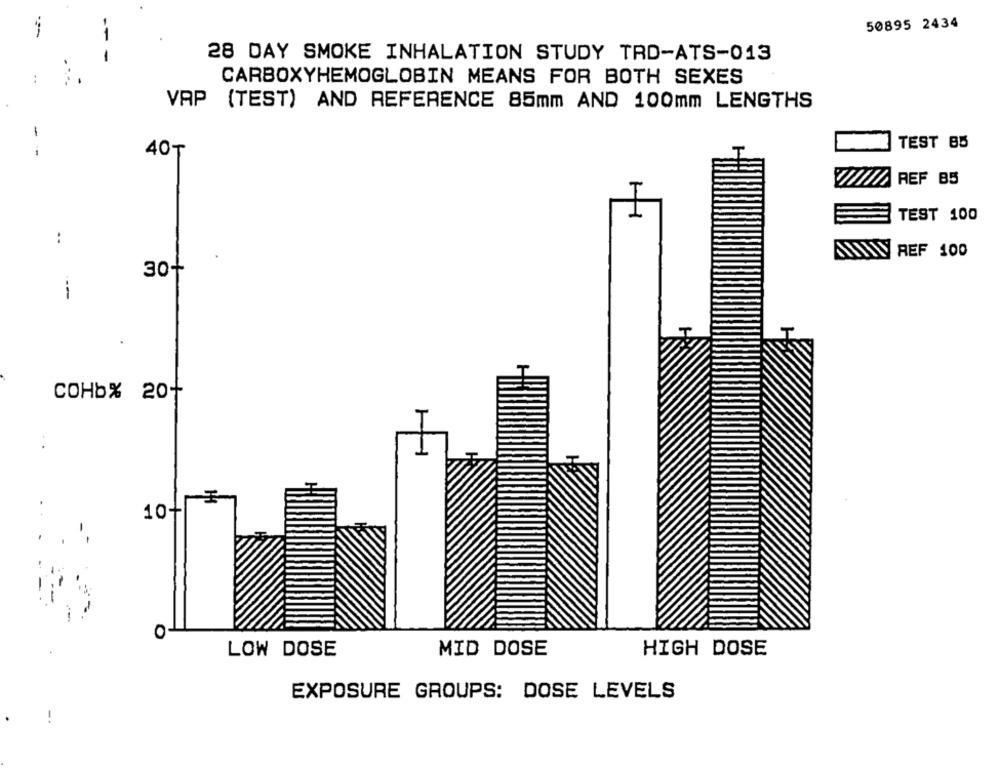
50895 2434
-
28 DAY SMOKE INHALATION STUDY TRD-ATS-013
..
CARBOXYHEMOGLOBIN MEANS FOR BOTH SEXES
VAP (TEST) AND REFERENCE 85mm AND 100mm LENGTHS
-
TEST 85
40₸
V/////REF 85
TEST 100
:
AWW REF 100
30+
COHb% 20+
:
.
10+
0
LOW DOSE
MID DOSE
HIGH DOSE
EXPOSURE GROUPS: DOSE LEVELS